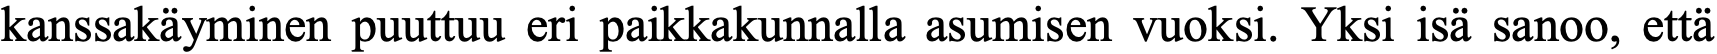
kanssakäyminen puuttuu eri paikkakunnalla asumisen vuoksi. Yksi isä sanoo, että